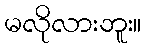
မလိုလားဘူး။